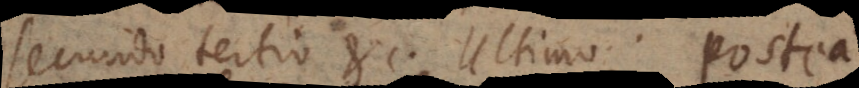
Secundo. Tertio etc. Ultimo. Postea.